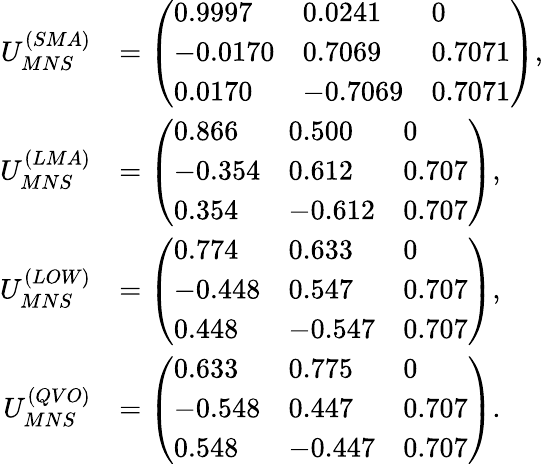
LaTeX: \begin{array}{rl}{{U_{MNS}^{(SMA)}}}&{{=\left(\begin{array}{lll}{{0.9997}}&{{0.0241}}&{{0}}\\ {{-0.0170}}&{{0.7069}}&{{0.7071}}\\ {{0.0170}}&{{-0.7069}}&{{0.7071}}\end{array}\right),}}\\ {{U_{MNS}^{(LMA)}}}&{{=\left(\begin{array}{lll}{{0.866}}&{{0.500}}&{{0}}\\ {{-0.354}}&{{0.612}}&{{0.707}}\\ {{0.354}}&{{-0.612}}&{{0.707}}\end{array}\right),}}\\ {{U_{MNS}^{(LOW)}}}&{{=\left(\begin{array}{lll}{{0.774}}&{{0.633}}&{{0}}\\ {{-0.448}}&{{0.547}}&{{0.707}}\\ {{0.448}}&{{-0.547}}&{{0.707}}\end{array}\right),}}\\ {{U_{MNS}^{(QVO)}}}&{{=\left(\begin{array}{lll}{{0.633}}&{{0.775}}&{{0}}\\ {{-0.548}}&{{0.447}}&{{0.707}}\\ {{0.548}}&{{-0.447}}&{{0.707}}\end{array}\right).}}\end{array}